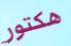
هكتور